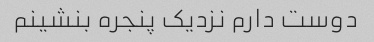
دوست دارم نزدیک پنجره بنشینم